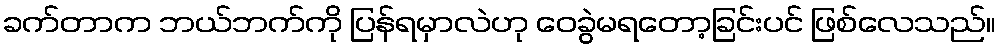
ခက်တာက ဘယ်ဘက်ကို ပြန်ရမှာလဲဟု ဝေခွဲမရတော့ခြင်းပင် ဖြစ်လေသည်။